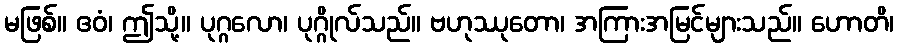
မဖြစ်။ ဧဝံ၊ ဤသို့။ ပုဂ္ဂလော၊ ပုဂ္ဂိုလ်သည်။ ဗဟုဿုတော၊ အကြားအမြင်များသည်။ ဟောတိ၊